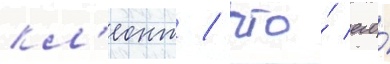
кл'еонт / что́ его́